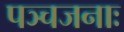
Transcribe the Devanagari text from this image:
पञ्चजनाः